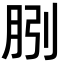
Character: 𭨱